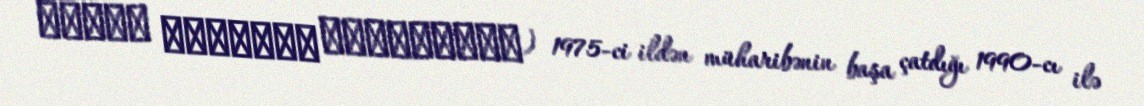
الحرب الأهلية اللبنانية) 1975-ci ildən müharibənin başa çatdığı 1990-cı ilə